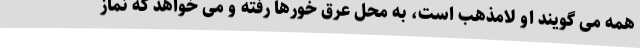
همه می گویند او لامذهب است، به محل عرق خورها رفته و می خواهد که نماز